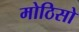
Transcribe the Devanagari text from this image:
मोठिसो